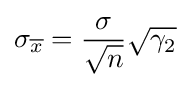
\sigma _{\overline {x}}={\frac {\sigma }{\sqrt {n}}}{\sqrt {\gamma _{2}}}